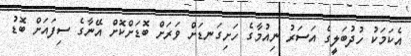
އެކަމަކު ހުދުބަލީގެ އަސަރު ނިއުމާގެ ހަށިގަނޑަށް ވަރަށް ބޮޑަށްކޮށް އޭނާގެ ސިފައަށް ބޮޑު